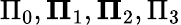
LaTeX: \Pi_{0},{\mathbf\Pi}_{1},{\mathbf\Pi}_{2},{\Pi}_{3}